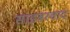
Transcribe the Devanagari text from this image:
साइबरवाद